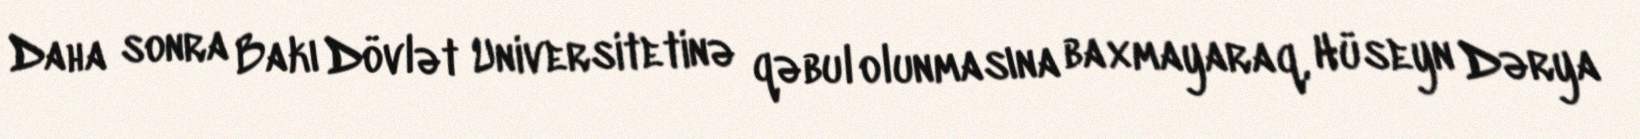
Daha sonra Bakı Dövlət Universitetinə qəbul olunmasına baxmayaraq, Hüseyn Dərya